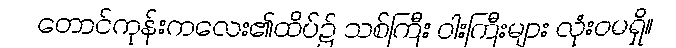
တောင်ကုန်းကလေး၏ထိပ်၌ သစ်ကြီး ဝါးကြီးများ လုံးဝမရှိ။